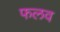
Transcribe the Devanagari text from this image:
फलव